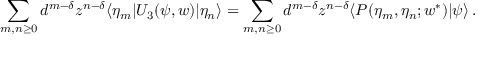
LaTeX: \sum _ { m , n \geq 0 } d ^ { m - \delta } z ^ { n - \delta } \langle \eta _ { m } | U _ { 3 } ( \psi , w ) | \eta _ { n } \rangle = \sum _ { m , n \geq 0 } d ^ { m - \delta } z ^ { n - \delta } \langle P ( \eta _ { m } , \eta _ { n } ; w ^ { \ast } ) | \psi \rangle \, .